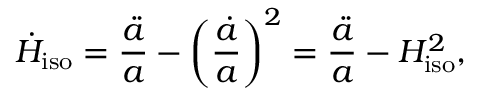
\dot { H } _ { \mathrm { i s o } } = \frac { \ddot { a } } { a } - \bigg ( \frac { \dot { a } } { a } \bigg ) ^ { 2 } = \frac { \ddot { a } } { a } - H _ { \mathrm { i s o } } ^ { 2 } ,